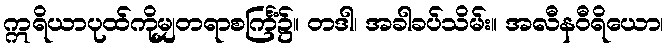
ဣရိယာပုထ်ကိုမျှတရာစင်္ကြံ၌။ တဒါ၊ အခါခပ်သိမ်း။ အလီနဝီရိယော၊